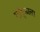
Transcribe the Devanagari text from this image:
गांडूळाला